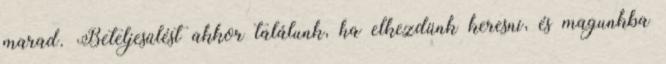
marad. Beteljesülést akkor találunk, ha elkezdünk keresni, és magunkba